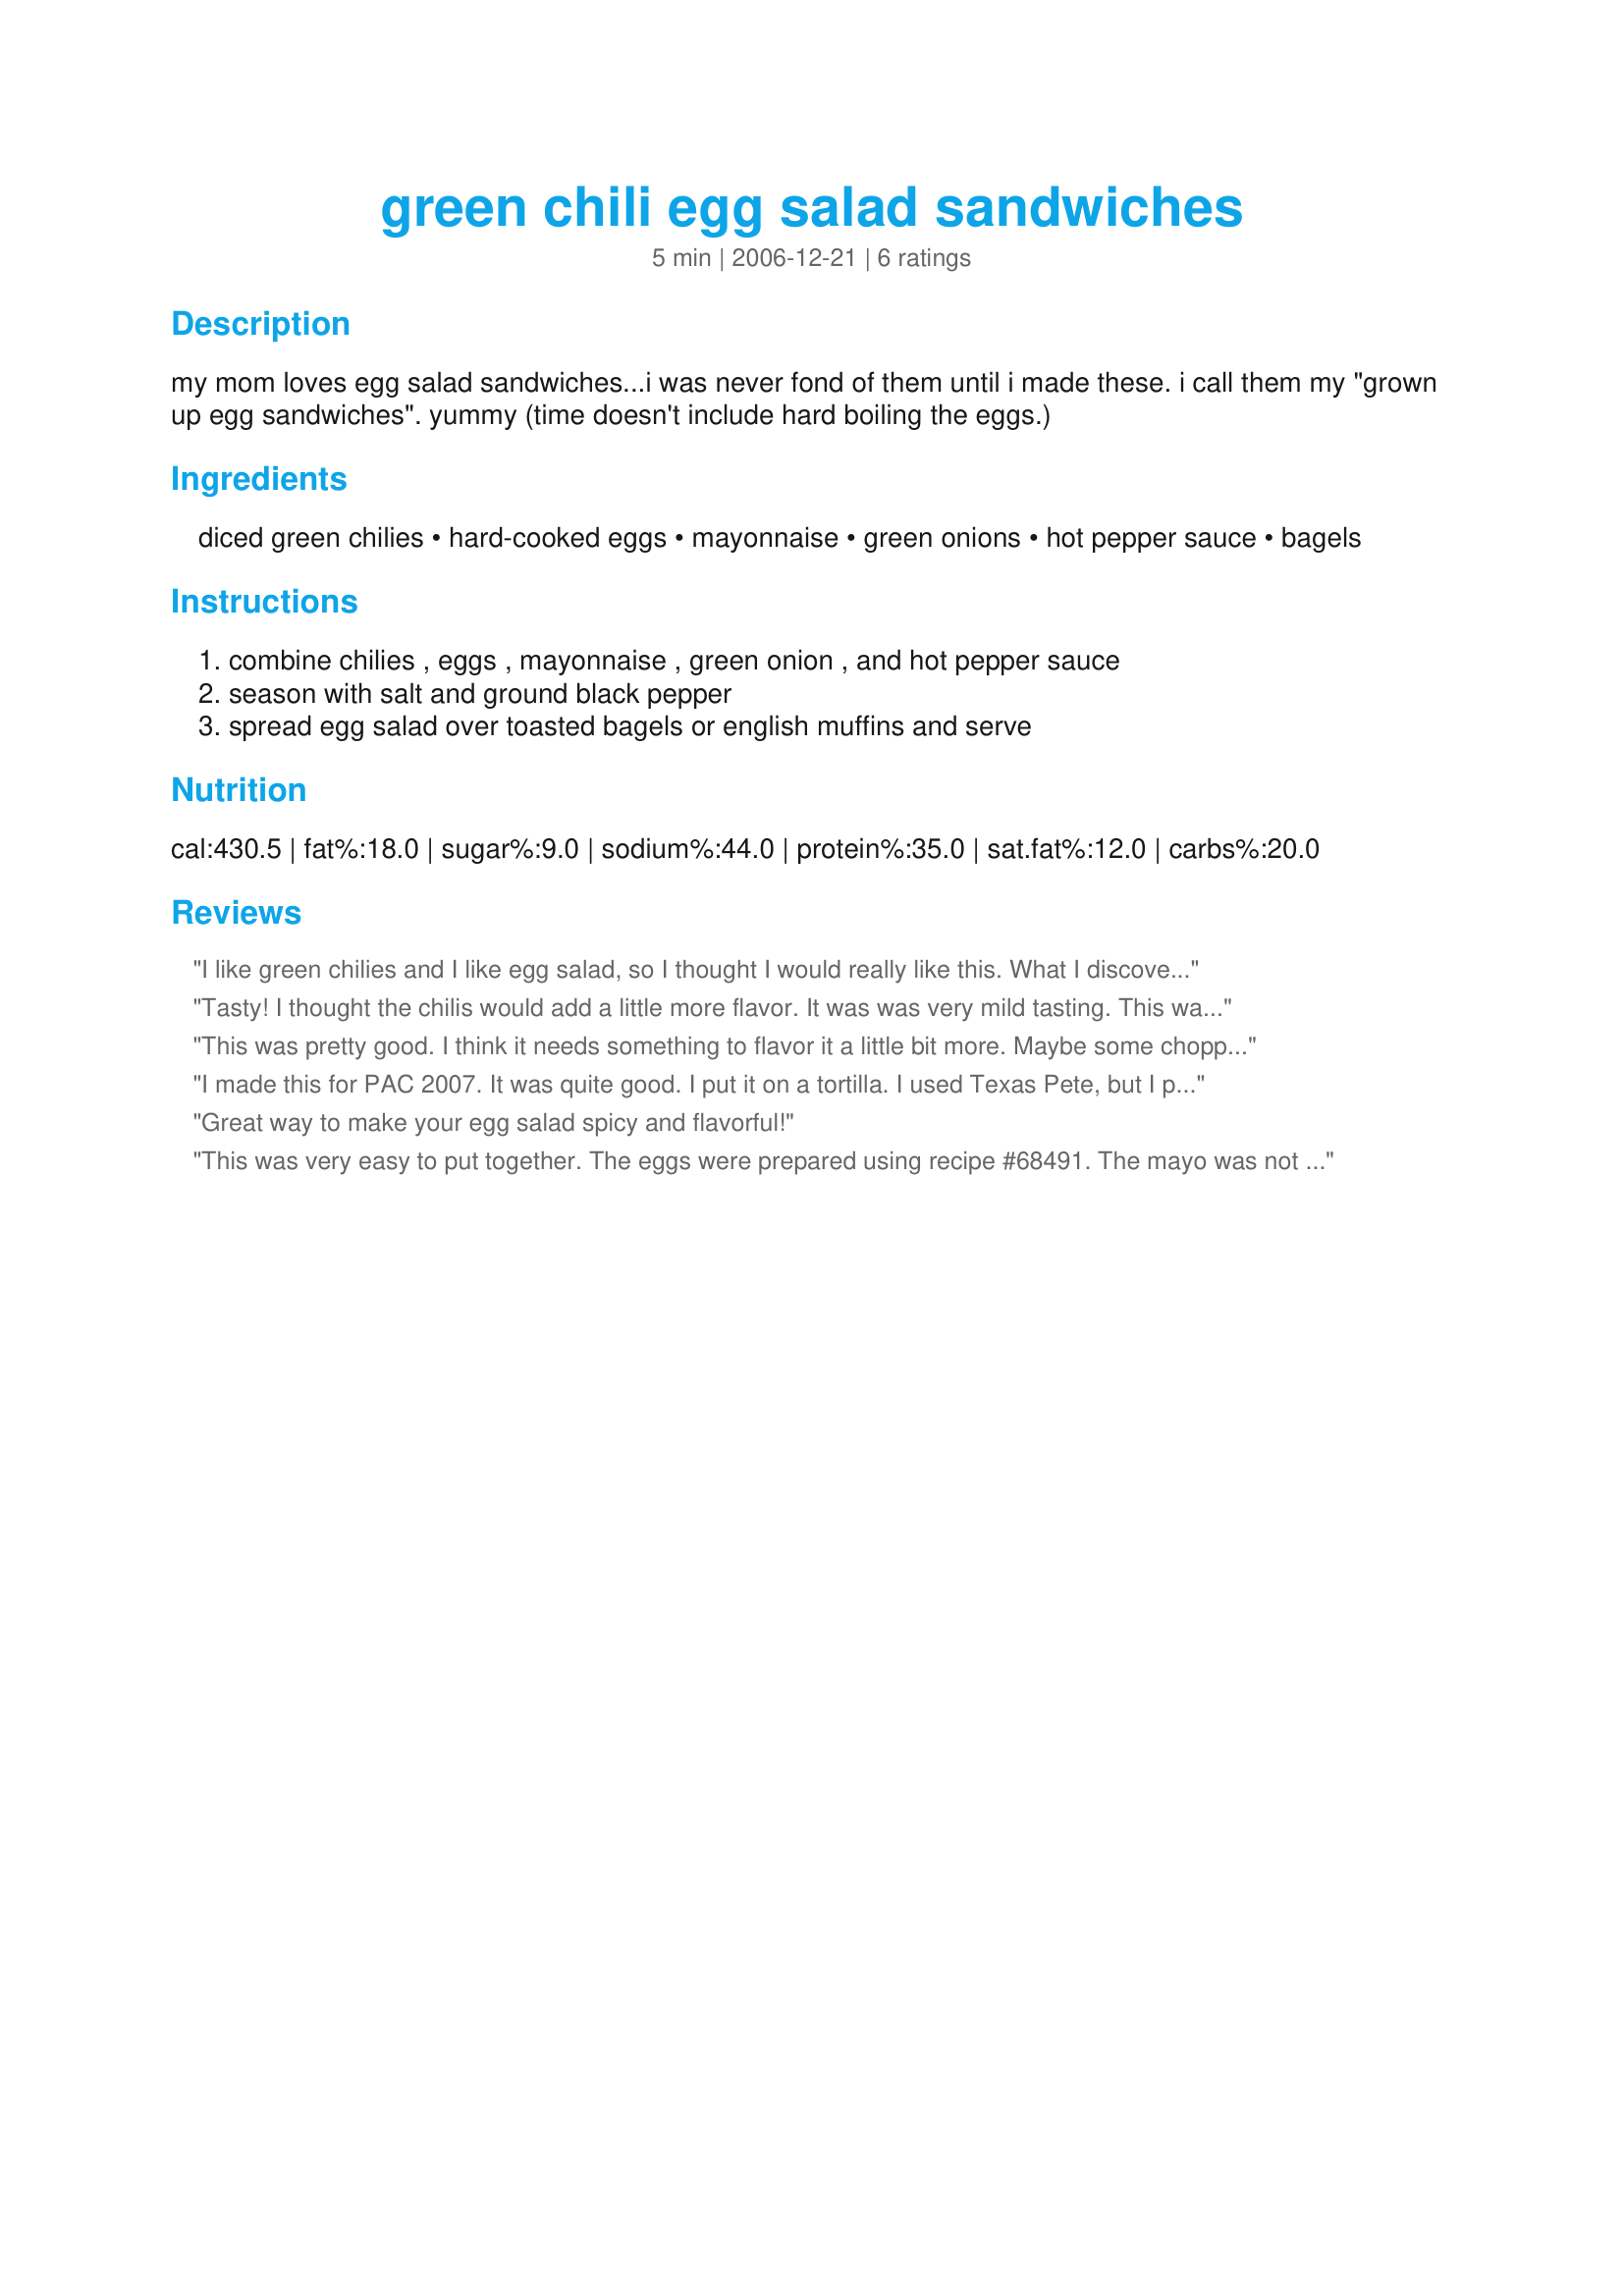
green chili egg salad sandwiches
Preparation time: 5 minutes

my mom loves egg salad sandwiches...i was never fond of them until i made these. i call them my "grown up egg sandwiches". yummy (time doesn't include hard boiling the eggs.)

Ingredients:
diced green chilies, hard-cooked eggs, mayonnaise, green onions, hot pepper sauce, bagels

Steps:
combine chilies , eggs , mayonnaise , green onion , and hot pepper sauce, season with salt and ground black pepper, spread egg salad over toasted bagels or english muffins and serve

Reviews:
I like green chilies and I like egg salad, so I thought I would really like this. What I discovered is that I don't care for the taste of them combined. Just didn't work out for me.
Tasty! I thought the chilis would add a little more flavor. It was was very mild tasting. This was a nice change from usual egg salad. Thanks for sharing the recipe.
This was pretty good. I think it needs something to flavor it a little bit more. Maybe some chopped pickles. I forgot to put hot sauce in it. If I make this again I will add chopped pickles or maybe some chopped green olives. Thanks for sharing your recipe. Made for PAC Spring '08.
I made this for PAC 2007. It was quite good. I put it on a tortilla. I used Texas Pete, but I probably could have used Tobasco as I put more on. I also put Old Bay Seasoning on it instead of salt and pepper. Thank you for a new way to make egg salad!! :)
Great way to make your egg salad spicy and flavorful!
This was very easy to put together. The eggs were prepared using recipe #68491. The mayo was not really measured just a guess and I did add some freshly ground salt and pepper. This was served on toasted English muffins with a side of fresh garden tomatoes. Made for *PAC September 2007*.
